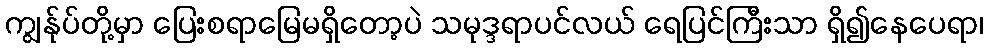
ကျွန်ုပ်တို့မှာ ပြေးစရာမြေမရှိတော့ပဲ သမုဒ္ဒရာပင်လယ် ရေပြင်ကြီးသာ ရှိ၍နေပေရာ၊